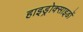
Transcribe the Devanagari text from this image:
हाइड्रोक्साइडों